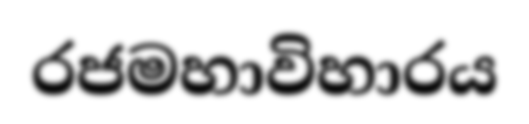
රජමහාවිහාරය